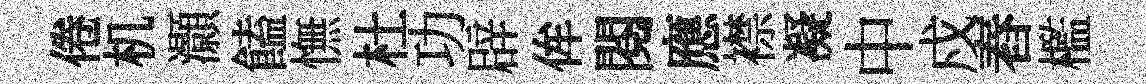
倦机灝饁憮杜功辟侔閱應襟凝中戍舂檻